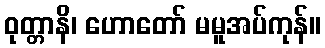
ဝုတ္တာနိ၊ ဟောတော် မမူအပ်ကုန်။